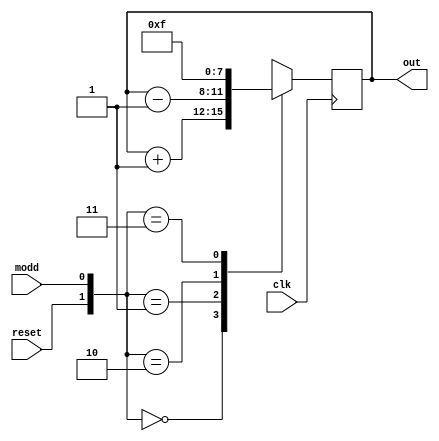
`timescale 1ns / 1ps
module UP_Down(
    input clk, reset, modd,
    output reg [3:0] out
    );
    
    always@(posedge clk) begin
    case({reset, modd})
    2'b00: out <= out+1;
    2'b01: out<= out-1;
    2'b10: out = 4'b0000;
    2'b11: out = 4'b1111;
    endcase
    end

endmodule
module Down_Count_tb;
reg clk, reset,mode;
wire [3:0] out;
UP_Down coun(clk, reset,mode, out);
initial begin
clk = 0; mode =1; #5 reset=1; #10 reset =0;
#100 clk = 1;
reset = 0;
mode = 0;
#100 mode = 1;

$finish;
end
always #5 clk = !clk;
endmodule